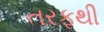
તરફથી